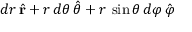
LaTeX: d r \, { \hat { \mathbf { r } } } + r \, d \theta \, { \hat { \boldsymbol { \theta } } } + r \, \sin \theta \, d \varphi \, { \hat { \boldsymbol { \varphi } } }